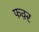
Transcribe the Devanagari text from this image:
फक़्र